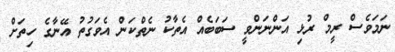
ނަމަވެސް ރީމް ރުޅި އަންނަންވީ ސަބަބެއް އެތާކު ނެތްކަން އެވަގުތު އޭނާގެ ހިތަށް